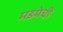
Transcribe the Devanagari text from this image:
मडमेची